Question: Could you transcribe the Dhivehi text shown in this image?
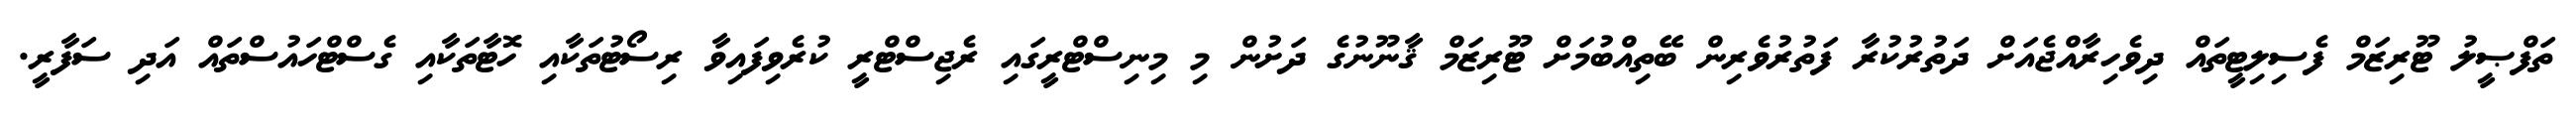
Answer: ތަފްޞީލު ޓޫރިޒަމް ފެސިލިޓީތައް ދިވެހިރާއްޖެއަށް ދަތުރުކުރާ ފަތުރުވެރިން ބޭތިއްބުމަށް ޓޫރިޒަމް ޤާނޫނުގެ ދަށުން މި މިނިސްޓްރީގައި ރެޖިސްޓްރީ ކުރެވިފައިވާ ރިސޯޓުތަކާއި ހޮޓާތަކާއި ގެސްޓްހައުސްތައް އަދި ސަފާރީ.